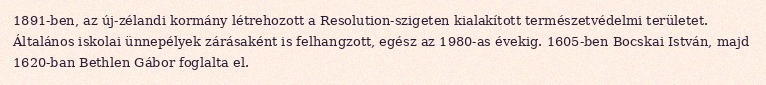
1891-ben, az új-zélandi kormány létrehozott a Resolution-szigeten kialakított természetvédelmi területet. Általános iskolai ünnepélyek zárásaként is felhangzott, egész az 1980-as évekig. 1605-ben Bocskai István, majd 1620-ban Bethlen Gábor foglalta el.